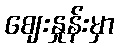
ဈေးနှုန်းမှာ